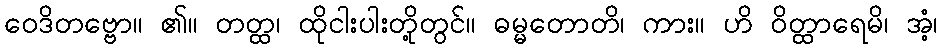
ဝေဒိတဗ္ဗော။ ၏။ တတ္ထ၊ ထိုငါးပါးတို့တွင်။ ဓမ္မတောတိ၊ ကား။ ဟိ ဝိတ္ထာရေမိ၊ အံ့၊